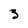
Character: 3